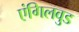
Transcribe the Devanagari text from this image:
एंगिलवुड